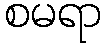
စမရာ